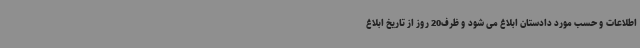
اطلاعات و حسب مورد دادستان ابلاغ می شود و ظرف20 روز از تاریخ ابلاغ